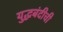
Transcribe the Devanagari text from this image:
युद्धबंदीची